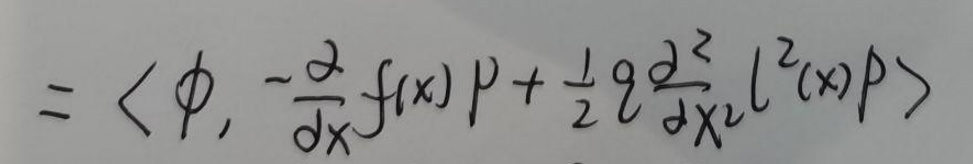
\[
= \left\langle \phi, -\frac{\partial}{\partial x} f(x) p + \frac{1}{2} q \frac{\partial^{2}}{\partial x^{2}} l^{2}(x) p \right\rangle
\]